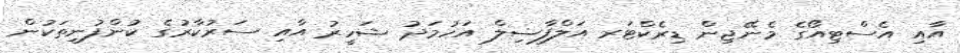
އާއި އެސްޓިއޯގެ މެނޭޖިން ޑިރެކްޓަރ އަލްފާޟިލް އަހުމަދު ޝަހީރު އާއި ސަރުކާރުގެ ކުންފުނިތަކުން